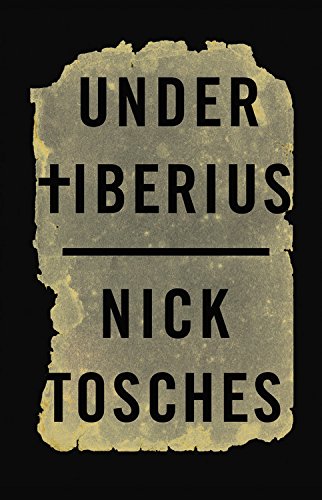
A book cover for Under Tiberius; Nick Tosches; Mystery, Thriller & Suspense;